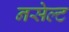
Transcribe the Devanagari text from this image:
नसेल्ट